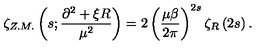
\zeta _ { Z . M . } \left( s ; \frac { \partial ^ { 2 } + \xi R } { \mu ^ { 2 } } \right) = 2 \left( \frac { \mu \beta } { 2 \pi } \right) ^ { 2 s } \zeta _ { R } \left( 2 s \right) .